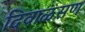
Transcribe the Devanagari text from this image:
दिवाळसण